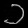
Digit: ၁